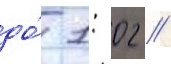
до́ 1: 02 //